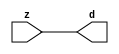

//------> ./rtl_mgc_ioport.v 
//------------------------------------------------------------------
//                M G C _ I O P O R T _ C O M P S
//------------------------------------------------------------------

//------------------------------------------------------------------
//                       M O D U L E S
//------------------------------------------------------------------

//------------------------------------------------------------------
//-- INPUT ENTITIES
//------------------------------------------------------------------

module mgc_in_wire (d, z);

  parameter integer rscid = 1;
  parameter integer width = 8;

  output [width-1:0] d;
  input  [width-1:0] z;

  wire   [width-1:0] d;

  assign d = z;

endmodule

//------------------------------------------------------------------

module mgc_in_wire_en (ld, d, lz, z);

  parameter integer rscid = 1;
  parameter integer width = 8;

  input              ld;
  output [width-1:0] d;
  output             lz;
  input  [width-1:0] z;

  wire   [width-1:0] d;
  wire               lz;

  assign d = z;
  assign lz = ld;

endmodule

//------------------------------------------------------------------

module mgc_in_wire_wait (ld, vd, d, lz, vz, z);

  parameter integer rscid = 1;
  parameter integer width = 8;

  input              ld;
  output             vd;
  output [width-1:0] d;
  output             lz;
  input              vz;
  input  [width-1:0] z;

  wire               vd;
  wire   [width-1:0] d;
  wire               lz;

  assign d = z;
  assign lz = ld;
  assign vd = vz;

endmodule
//------------------------------------------------------------------

module mgc_chan_in (ld, vd, d, lz, vz, z, size, req_size, sizez, sizelz);

  parameter integer rscid = 1;
  parameter integer width = 8;
  parameter integer sz_width = 8;

  input              ld;
  output             vd;
  output [width-1:0] d;
  output             lz;
  input              vz;
  input  [width-1:0] z;
  output [sz_width-1:0] size;
  input              req_size;
  input  [sz_width-1:0] sizez;
  output             sizelz;


  wire               vd;
  wire   [width-1:0] d;
  wire               lz;
  wire   [sz_width-1:0] size;
  wire               sizelz;

  assign d = z;
  assign lz = ld;
  assign vd = vz;
  assign size = sizez;
  assign sizelz = req_size;

endmodule


//------------------------------------------------------------------
//-- OUTPUT ENTITIES
//------------------------------------------------------------------

module mgc_out_stdreg (d, z);

  parameter integer rscid = 1;
  parameter integer width = 8;

  input    [width-1:0] d;
  output   [width-1:0] z;

  wire     [width-1:0] z;

  assign z = d;

endmodule

//------------------------------------------------------------------

module mgc_out_stdreg_en (ld, d, lz, z);

  parameter integer rscid = 1;
  parameter integer width = 8;

  input              ld;
  input  [width-1:0] d;
  output             lz;
  output [width-1:0] z;

  wire               lz;
  wire   [width-1:0] z;

  assign z = d;
  assign lz = ld;

endmodule

//------------------------------------------------------------------

module mgc_out_stdreg_wait (ld, vd, d, lz, vz, z);

  parameter integer rscid = 1;
  parameter integer width = 8;

  input              ld;
  output             vd;
  input  [width-1:0] d;
  output             lz;
  input              vz;
  output [width-1:0] z;

  wire               vd;
  wire               lz;
  wire   [width-1:0] z;

  assign z = d;
  assign lz = ld;
  assign vd = vz;

endmodule

//------------------------------------------------------------------

module mgc_out_prereg_en (ld, d, lz, z);

    parameter integer rscid = 1;
    parameter integer width = 8;

    input              ld;
    input  [width-1:0] d;
    output             lz;
    output [width-1:0] z;

    wire               lz;
    wire   [width-1:0] z;

    assign z = d;
    assign lz = ld;

endmodule

//------------------------------------------------------------------
//-- INOUT ENTITIES
//------------------------------------------------------------------

module mgc_inout_stdreg_en (ldin, din, ldout, dout, lzin, lzout, z);

    parameter integer rscid = 1;
    parameter integer width = 8;

    input              ldin;
    output [width-1:0] din;
    input              ldout;
    input  [width-1:0] dout;
    output             lzin;
    output             lzout;
    inout  [width-1:0] z;

    wire   [width-1:0] din;
    wire               lzin;
    wire               lzout;
    wire   [width-1:0] z;

    assign lzin = ldin;
    assign din = ldin ? z : {width{1'bz}};
    assign lzout = ldout;
    assign z = ldout ? dout : {width{1'bz}};

endmodule

//------------------------------------------------------------------
module hid_tribuf( I_SIG, ENABLE, O_SIG);
  parameter integer width = 8;

  input [width-1:0] I_SIG;
  input ENABLE;
  inout [width-1:0] O_SIG;

  assign O_SIG = (ENABLE) ? I_SIG : { width{1'bz}};

endmodule
//------------------------------------------------------------------

module mgc_inout_stdreg_wait (ldin, vdin, din, ldout, vdout, dout, lzin, vzin, lzout, vzout, z);

    parameter integer rscid = 1;
    parameter integer width = 8;

    input              ldin;
    output             vdin;
    output [width-1:0] din;
    input              ldout;
    output             vdout;
    input  [width-1:0] dout;
    output             lzin;
    input              vzin;
    output             lzout;
    input              vzout;
    inout  [width-1:0] z;

    wire               vdin;
    wire   [width-1:0] din;
    wire               vdout;
    wire               lzin;
    wire               lzout;
    wire   [width-1:0] z;
    wire   ldout_and_vzout;

    assign lzin = ldin;
    assign vdin = vzin;
    assign din = ldin ? z : {width{1'bz}};
    assign lzout = ldout;
    assign vdout = vzout ;
    assign ldout_and_vzout = ldout && vzout ;

    hid_tribuf #(width) tb( .I_SIG(dout),
                            .ENABLE(ldout_and_vzout),
                            .O_SIG(z) );

endmodule

//------------------------------------------------------------------

module mgc_inout_buf_wait (clk, en, arst, srst, ldin, vdin, din, ldout, vdout, dout, lzin, vzin, lzout, vzout, z);

    parameter integer rscid   = 0; // resource ID
    parameter integer width   = 8; // fifo width
    parameter         ph_clk  =  1'b1; // clock polarity 1=rising edge, 0=falling edge
    parameter         ph_en   =  1'b1; // clock enable polarity
    parameter         ph_arst =  1'b1; // async reset polarity
    parameter         ph_srst =  1'b1; // sync reset polarity

    input              clk;
    input              en;
    input              arst;
    input              srst;
    input              ldin;
    output             vdin;
    output [width-1:0] din;
    input              ldout;
    output             vdout;
    input  [width-1:0] dout;
    output             lzin;
    input              vzin;
    output             lzout;
    input              vzout;
    inout  [width-1:0] z;

    wire               lzout_buf;
    wire               vzout_buf;
    wire   [width-1:0] z_buf;
    wire               vdin;
    wire   [width-1:0] din;
    wire               vdout;
    wire               lzin;
    wire               lzout;
    wire   [width-1:0] z;

    assign lzin = ldin;
    assign vdin = vzin;
    assign din = ldin ? z : {width{1'bz}};
    assign lzout = lzout_buf & ~ldin;
    assign vzout_buf = vzout & ~ldin;
    hid_tribuf #(width) tb( .I_SIG(z_buf),
                            .ENABLE((lzout_buf && (!ldin) && vzout) ),
                            .O_SIG(z)  );

    mgc_out_buf_wait
    #(
        .rscid   (rscid),
        .width   (width),
        .ph_clk  (ph_clk),
        .ph_en   (ph_en),
        .ph_arst (ph_arst),
        .ph_srst (ph_srst)
    )
    BUFF
    (
        .clk     (clk),
        .en      (en),
        .arst    (arst),
        .srst    (srst),
        .ld      (ldout),
        .vd      (vdout),
        .d       (dout),
        .lz      (lzout_buf),
        .vz      (vzout_buf),
        .z       (z_buf)
    );


endmodule

module mgc_inout_fifo_wait (clk, en, arst, srst, ldin, vdin, din, ldout, vdout, dout, lzin, vzin, lzout, vzout, z);

    parameter integer rscid   = 0; // resource ID
    parameter integer width   = 8; // fifo width
    parameter integer fifo_sz = 8; // fifo depth
    parameter         ph_clk  = 1'b1;  // clock polarity 1=rising edge, 0=falling edge
    parameter         ph_en   = 1'b1;  // clock enable polarity
    parameter         ph_arst = 1'b1;  // async reset polarity
    parameter         ph_srst = 1'b1;  // sync reset polarity
    parameter integer ph_log2 = 3;     // log2(fifo_sz)
    parameter integer pwropt  = 0;     // pwropt

    input              clk;
    input              en;
    input              arst;
    input              srst;
    input              ldin;
    output             vdin;
    output [width-1:0] din;
    input              ldout;
    output             vdout;
    input  [width-1:0] dout;
    output             lzin;
    input              vzin;
    output             lzout;
    input              vzout;
    inout  [width-1:0] z;

    wire               lzout_buf;
    wire               vzout_buf;
    wire   [width-1:0] z_buf;
    wire               comb;
    wire               vdin;
    wire   [width-1:0] din;
    wire               vdout;
    wire               lzin;
    wire               lzout;
    wire   [width-1:0] z;

    assign lzin = ldin;
    assign vdin = vzin;
    assign din = ldin ? z : {width{1'bz}};
    assign lzout = lzout_buf & ~ldin;
    assign vzout_buf = vzout & ~ldin;
    assign comb = (lzout_buf && (!ldin) && vzout);

    hid_tribuf #(width) tb2( .I_SIG(z_buf), .ENABLE(comb), .O_SIG(z)  );

    mgc_out_fifo_wait
    #(
        .rscid   (rscid),
        .width   (width),
        .fifo_sz (fifo_sz),
        .ph_clk  (ph_clk),
        .ph_en   (ph_en),
        .ph_arst (ph_arst),
        .ph_srst (ph_srst),
        .ph_log2 (ph_log2),
        .pwropt  (pwropt)
    )
    FIFO
    (
        .clk   (clk),
        .en      (en),
        .arst    (arst),
        .srst    (srst),
        .ld      (ldout),
        .vd      (vdout),
        .d       (dout),
        .lz      (lzout_buf),
        .vz      (vzout_buf),
        .z       (z_buf)
    );

endmodule

//------------------------------------------------------------------
//-- I/O SYNCHRONIZATION ENTITIES
//------------------------------------------------------------------

module mgc_io_sync (ld, lz);

    input  ld;
    output lz;

    assign lz = ld;

endmodule

module mgc_bsync_rdy (rd, rz);

    parameter integer rscid   = 0; // resource ID
    parameter ready = 1;
    parameter valid = 0;

    input  rd;
    output rz;

    wire   rz;

    assign rz = rd;

endmodule

module mgc_bsync_vld (vd, vz);

    parameter integer rscid   = 0; // resource ID
    parameter ready = 0;
    parameter valid = 1;

    output vd;
    input  vz;

    wire   vd;

    assign vd = vz;

endmodule

module mgc_bsync_rv (rd, vd, rz, vz);

    parameter integer rscid   = 0; // resource ID
    parameter ready = 1;
    parameter valid = 1;

    input  rd;
    output vd;
    output rz;
    input  vz;

    wire   vd;
    wire   rz;

    assign rz = rd;
    assign vd = vz;

endmodule

//------------------------------------------------------------------

module mgc_sync (ldin, vdin, ldout, vdout);

  input  ldin;
  output vdin;
  input  ldout;
  output vdout;

  wire   vdin;
  wire   vdout;

  assign vdin = ldout;
  assign vdout = ldin;

endmodule

///////////////////////////////////////////////////////////////////////////////
// dummy function used to preserve funccalls for modulario
// it looks like a memory read to the caller
///////////////////////////////////////////////////////////////////////////////
module funccall_inout (d, ad, bd, z, az, bz);

  parameter integer ram_id = 1;
  parameter integer width = 8;
  parameter integer addr_width = 8;

  output [width-1:0]       d;
  input  [addr_width-1:0]  ad;
  input                    bd;
  input  [width-1:0]       z;
  output [addr_width-1:0]  az;
  output                   bz;

  wire   [width-1:0]       d;
  wire   [addr_width-1:0]  az;
  wire                     bz;

  assign d  = z;
  assign az = ad;
  assign bz = bd;

endmodule


///////////////////////////////////////////////////////////////////////////////
// inlinable modular io not otherwise found in mgc_ioport
///////////////////////////////////////////////////////////////////////////////

module modulario_en_in (vd, d, vz, z);

  parameter integer rscid = 1;
  parameter integer width = 8;

  output             vd;
  output [width-1:0] d;
  input              vz;
  input  [width-1:0] z;

  wire   [width-1:0] d;
  wire               vd;

  assign d = z;
  assign vd = vz;

endmodule

//------> ./rtl_mgc_ioport_v2001.v 
//------------------------------------------------------------------

module mgc_out_reg_pos (clk, en, arst, srst, ld, d, lz, z);

    parameter integer rscid   = 1;
    parameter integer width   = 8;
    parameter         ph_en   =  1'b1;
    parameter         ph_arst =  1'b1;
    parameter         ph_srst =  1'b1;

    input              clk;
    input              en;
    input              arst;
    input              srst;
    input              ld;
    input  [width-1:0] d;
    output             lz;
    output [width-1:0] z;

    reg                lz;
    reg    [width-1:0] z;

    generate
    if (ph_arst == 1'b0)
    begin: NEG_ARST
        always @(posedge clk or negedge arst)
        if (arst == 1'b0)
        begin: B1
            lz <= 1'b0;
            z  <= {width{1'b0}};
        end
        else if (srst == ph_srst)
        begin: B2
            lz <= 1'b0;
            z  <= {width{1'b0}};
        end
        else if (en == ph_en)
        begin: B3
            lz <= ld;
            z  <= (ld) ? d : z;
        end
    end
    else
    begin: POS_ARST
        always @(posedge clk or posedge arst)
        if (arst == 1'b1)
        begin: B1
            lz <= 1'b0;
            z  <= {width{1'b0}};
        end
        else if (srst == ph_srst)
        begin: B2
            lz <= 1'b0;
            z  <= {width{1'b0}};
        end
        else if (en == ph_en)
        begin: B3
            lz <= ld;
            z  <= (ld) ? d : z;
        end
    end
    endgenerate

endmodule

//------------------------------------------------------------------

module mgc_out_reg_neg (clk, en, arst, srst, ld, d, lz, z);

    parameter integer rscid   = 1;
    parameter integer width   = 8;
    parameter         ph_en   =  1'b1;
    parameter         ph_arst =  1'b1;
    parameter         ph_srst =  1'b1;

    input              clk;
    input              en;
    input              arst;
    input              srst;
    input              ld;
    input  [width-1:0] d;
    output             lz;
    output [width-1:0] z;

    reg                lz;
    reg    [width-1:0] z;

    generate
    if (ph_arst == 1'b0)
    begin: NEG_ARST
        always @(negedge clk or negedge arst)
        if (arst == 1'b0)
        begin: B1
            lz <= 1'b0;
            z  <= {width{1'b0}};
        end
        else if (srst == ph_srst)
        begin: B2
            lz <= 1'b0;
            z  <= {width{1'b0}};
        end
        else if (en == ph_en)
        begin: B3
            lz <= ld;
            z  <= (ld) ? d : z;
        end
    end
    else
    begin: POS_ARST
        always @(negedge clk or posedge arst)
        if (arst == 1'b1)
        begin: B1
            lz <= 1'b0;
            z  <= {width{1'b0}};
        end
        else if (srst == ph_srst)
        begin: B2
            lz <= 1'b0;
            z  <= {width{1'b0}};
        end
        else if (en == ph_en)
        begin: B3
            lz <= ld;
            z  <= (ld) ? d : z;
        end
    end
    endgenerate

endmodule

//------------------------------------------------------------------

module mgc_out_reg (clk, en, arst, srst, ld, d, lz, z); // Not Supported

    parameter integer rscid   = 1;
    parameter integer width   = 8;
    parameter         ph_clk  =  1'b1;
    parameter         ph_en   =  1'b1;
    parameter         ph_arst =  1'b1;
    parameter         ph_srst =  1'b1;

    input              clk;
    input              en;
    input              arst;
    input              srst;
    input              ld;
    input  [width-1:0] d;
    output             lz;
    output [width-1:0] z;


    generate
    if (ph_clk == 1'b0)
    begin: NEG_EDGE

        mgc_out_reg_neg
        #(
            .rscid   (rscid),
            .width   (width),
            .ph_en   (ph_en),
            .ph_arst (ph_arst),
            .ph_srst (ph_srst)
        )
        mgc_out_reg_neg_inst
        (
            .clk     (clk),
            .en      (en),
            .arst    (arst),
            .srst    (srst),
            .ld      (ld),
            .d       (d),
            .lz      (lz),
            .z       (z)
        );

    end
    else
    begin: POS_EDGE

        mgc_out_reg_pos
        #(
            .rscid   (rscid),
            .width   (width),
            .ph_en   (ph_en),
            .ph_arst (ph_arst),
            .ph_srst (ph_srst)
        )
        mgc_out_reg_pos_inst
        (
            .clk     (clk),
            .en      (en),
            .arst    (arst),
            .srst    (srst),
            .ld      (ld),
            .d       (d),
            .lz      (lz),
            .z       (z)
        );

    end
    endgenerate

endmodule




//------------------------------------------------------------------

module mgc_out_buf_wait (clk, en, arst, srst, ld, vd, d, vz, lz, z); // Not supported

    parameter integer rscid   = 1;
    parameter integer width   = 8;
    parameter         ph_clk  =  1'b1;
    parameter         ph_en   =  1'b1;
    parameter         ph_arst =  1'b1;
    parameter         ph_srst =  1'b1;

    input              clk;
    input              en;
    input              arst;
    input              srst;
    input              ld;
    output             vd;
    input  [width-1:0] d;
    output             lz;
    input              vz;
    output [width-1:0] z;

    wire               filled;
    wire               filled_next;
    wire   [width-1:0] abuf;
    wire               lbuf;


    assign filled_next = (filled & (~vz)) | (filled & ld) | (ld & (~vz));

    assign lbuf = ld & ~(filled ^ vz);

    assign vd = vz | ~filled;

    assign lz = ld | filled;

    assign z = (filled) ? abuf : d;

    wire dummy;
    wire dummy_bufreg_lz;

    // Output registers:
    mgc_out_reg
    #(
        .rscid   (rscid),
        .width   (1'b1),
        .ph_clk  (ph_clk),
        .ph_en   (ph_en),
        .ph_arst (ph_arst),
        .ph_srst (ph_srst)
    )
    STATREG
    (
        .clk     (clk),
        .en      (en),
        .arst    (arst),
        .srst    (srst),
        .ld      (filled_next),
        .d       (1'b0),       // input d is unused
        .lz      (filled),
        .z       (dummy)            // output z is unused
    );

    mgc_out_reg
    #(
        .rscid   (rscid),
        .width   (width),
        .ph_clk  (ph_clk),
        .ph_en   (ph_en),
        .ph_arst (ph_arst),
        .ph_srst (ph_srst)
    )
    BUFREG
    (
        .clk     (clk),
        .en      (en),
        .arst    (arst),
        .srst    (srst),
        .ld      (lbuf),
        .d       (d),
        .lz      (dummy_bufreg_lz),
        .z       (abuf)
    );

endmodule

//------------------------------------------------------------------

module mgc_out_fifo_wait (clk, en, arst, srst, ld, vd, d, lz, vz,  z);

    parameter integer rscid   = 0; // resource ID
    parameter integer width   = 8; // fifo width
    parameter integer fifo_sz = 8; // fifo depth
    parameter         ph_clk  = 1'b1; // clock polarity 1=rising edge, 0=falling edge
    parameter         ph_en   = 1'b1; // clock enable polarity
    parameter         ph_arst = 1'b1; // async reset polarity
    parameter         ph_srst = 1'b1; // sync reset polarity
    parameter integer ph_log2 = 3; // log2(fifo_sz)
    parameter integer pwropt  = 0; // pwropt


    input                 clk;
    input                 en;
    input                 arst;
    input                 srst;
    input                 ld;    // load data
    output                vd;    // fifo full active low
    input     [width-1:0] d;
    output                lz;    // fifo ready to send
    input                 vz;    // dest ready for data
    output    [width-1:0] z;

    wire    [31:0]      size;


      // Output registers:
 mgc_out_fifo_wait_core#(
        .rscid   (rscid),
        .width   (width),
        .sz_width (32),
        .fifo_sz (fifo_sz),
        .ph_clk  (ph_clk),
        .ph_en   (ph_en),
        .ph_arst (ph_arst),
        .ph_srst (ph_srst),
        .ph_log2 (ph_log2),
        .pwropt  (pwropt)
        ) CORE (
        .clk (clk),
        .en (en),
        .arst (arst),
        .srst (srst),
        .ld (ld),
        .vd (vd),
        .d (d),
        .lz (lz),
        .vz (vz),
        .z (z),
        .size (size)
        );

endmodule



module mgc_out_fifo_wait_core (clk, en, arst, srst, ld, vd, d, lz, vz,  z, size);

    parameter integer rscid   = 0; // resource ID
    parameter integer width   = 8; // fifo width
    parameter integer sz_width = 8; // size of port for elements in fifo
    parameter integer fifo_sz = 8; // fifo depth
    parameter         ph_clk  =  1'b1; // clock polarity 1=rising edge, 0=falling edge
    parameter         ph_en   =  1'b1; // clock enable polarity
    parameter         ph_arst =  1'b1; // async reset polarity
    parameter         ph_srst =  1'b1; // sync reset polarity
    parameter integer ph_log2 = 3; // log2(fifo_sz)
    parameter integer pwropt  = 0; // pwropt

   localparam integer  fifo_b = width * fifo_sz;

    input                 clk;
    input                 en;
    input                 arst;
    input                 srst;
    input                 ld;    // load data
    output                vd;    // fifo full active low
    input     [width-1:0] d;
    output                lz;    // fifo ready to send
    input                 vz;    // dest ready for data
    output    [width-1:0] z;
    output    [sz_width-1:0]      size;

    reg      [( (fifo_sz > 0) ? fifo_sz : 1)-1:0] stat_pre;
    wire     [( (fifo_sz > 0) ? fifo_sz : 1)-1:0] stat;
    reg      [( (fifo_b > 0) ? fifo_b : 1)-1:0] buff_pre;
    wire     [( (fifo_b > 0) ? fifo_b : 1)-1:0] buff;
    reg      [( (fifo_sz > 0) ? fifo_sz : 1)-1:0] en_l;
    reg      [(((fifo_sz > 0) ? fifo_sz : 1)-1)/8:0] en_l_s;

    reg       [width-1:0] buff_nxt;

    reg                   stat_nxt;
    reg                   stat_before;
    reg                   stat_after;
    reg                   en_l_var;

    integer               i;
    genvar                eni;

    wire [32:0]           size_t;
    reg [31:0]            count;
    reg [31:0]            count_t;
    reg [32:0]            n_elem;
// pragma translate_off
    reg [31:0]            peak;
// pragma translate_on

    wire [( (fifo_sz > 0) ? fifo_sz : 1)-1:0] dummy_statreg_lz;
    wire [( (fifo_b > 0) ? fifo_b : 1)-1:0] dummy_bufreg_lz;

    generate
    if ( fifo_sz > 0 )
    begin: FIFO_REG
      assign vd = vz | ~stat[0];
      assign lz = ld | stat[fifo_sz-1];
      assign size_t = (count - (vz && stat[fifo_sz-1])) + ld;
      assign size = size_t[sz_width-1:0];
      assign z = (stat[fifo_sz-1]) ? buff[fifo_b-1:width*(fifo_sz-1)] : d;

      always @(*)
      begin: FIFOPROC
        n_elem = 33'b0;
        for (i = fifo_sz-1; i >= 0; i = i - 1)
        begin
          if (i != 0)
            stat_before = stat[i-1];
          else
            stat_before = 1'b0;

          if (i != (fifo_sz-1))
            stat_after = stat[i+1];
          else
            stat_after = 1'b1;

          stat_nxt = stat_after &
                    (stat_before | (stat[i] & (~vz)) | (stat[i] & ld) | (ld & (~vz)));

          stat_pre[i] = stat_nxt;
          en_l_var = 1'b1;
          if (!stat_nxt)
            begin
              buff_nxt = {width{1'b0}};
              en_l_var = 1'b0;
            end
          else if (vz && stat_before)
            buff_nxt[0+:width] = buff[width*(i-1)+:width];
          else if (ld && !((vz && stat_before) || ((!vz) && stat[i])))
            buff_nxt = d;
          else
            begin
              if (pwropt == 0)
                buff_nxt[0+:width] = buff[width*i+:width];
              else
                buff_nxt = {width{1'b0}};
              en_l_var = 1'b0;
            end

          if (ph_en != 0)
            en_l[i] = en & en_l_var;
          else
            en_l[i] = en | ~en_l_var;

          buff_pre[width*i+:width] = buff_nxt[0+:width];

          if ((stat_after == 1'b1) && (stat[i] == 1'b0))
            n_elem = ($unsigned(fifo_sz) - 1) - i;
        end

        if (ph_en != 0)
          en_l_s[(((fifo_sz > 0) ? fifo_sz : 1)-1)/8] = 1'b1;
        else
          en_l_s[(((fifo_sz > 0) ? fifo_sz : 1)-1)/8] = 1'b0;

        for (i = fifo_sz-1; i >= 7; i = i - 1)
        begin
          if ((i%'d2) == 0)
          begin
            if (ph_en != 0)
              en_l_s[(i/8)-1] = en & (stat[i]|stat_pre[i-1]);
            else
              en_l_s[(i/8)-1] = en | ~(stat[i]|stat_pre[i-1]);
          end
        end

        if ( stat[fifo_sz-1] == 1'b0 )
          count_t = 32'b0;
        else if ( stat[0] == 1'b1 )
          count_t = { {(32-ph_log2){1'b0}}, fifo_sz};
        else
          count_t = n_elem[31:0];
        count = count_t;
// pragma translate_off
        if ( peak < count )
          peak = count;
// pragma translate_on
      end

      if (pwropt == 0)
      begin: NOCGFIFO
        // Output registers:
        mgc_out_reg
        #(
            .rscid   (rscid),
            .width   (fifo_sz),
            .ph_clk  (ph_clk),
            .ph_en   (ph_en),
            .ph_arst (ph_arst),
            .ph_srst (ph_srst)
        )
        STATREG
        (
            .clk     (clk),
            .en      (en),
            .arst    (arst),
            .srst    (srst),
            .ld      (1'b1),
            .d       (stat_pre),
            .lz      (dummy_statreg_lz[0]),
            .z       (stat)
        );
        mgc_out_reg
        #(
            .rscid   (rscid),
            .width   (fifo_b),
            .ph_clk  (ph_clk),
            .ph_en   (ph_en),
            .ph_arst (ph_arst),
            .ph_srst (ph_srst)
        )
        BUFREG
        (
            .clk     (clk),
            .en      (en),
            .arst    (arst),
            .srst    (srst),
            .ld      (1'b1),
            .d       (buff_pre),
            .lz      (dummy_bufreg_lz[0]),
            .z       (buff)
        );
      end
      else
      begin: CGFIFO
        // Output registers:
        if ( pwropt > 1)
        begin: CGSTATFIFO2
          for (eni = fifo_sz-1; eni >= 0; eni = eni - 1)
          begin: pwroptGEN1
            mgc_out_reg
            #(
              .rscid   (rscid),
              .width   (1),
              .ph_clk  (ph_clk),
              .ph_en   (ph_en),
              .ph_arst (ph_arst),
              .ph_srst (ph_srst)
            )
            STATREG
            (
              .clk     (clk),
              .en      (en_l_s[eni/8]),
              .arst    (arst),
              .srst    (srst),
              .ld      (1'b1),
              .d       (stat_pre[eni]),
              .lz      (dummy_statreg_lz[eni]),
              .z       (stat[eni])
            );
          end
        end
        else
        begin: CGSTATFIFO
          mgc_out_reg
          #(
            .rscid   (rscid),
            .width   (fifo_sz),
            .ph_clk  (ph_clk),
            .ph_en   (ph_en),
            .ph_arst (ph_arst),
            .ph_srst (ph_srst)
          )
          STATREG
          (
            .clk     (clk),
            .en      (en),
            .arst    (arst),
            .srst    (srst),
            .ld      (1'b1),
            .d       (stat_pre),
            .lz      (dummy_statreg_lz[0]),
            .z       (stat)
          );
        end
        for (eni = fifo_sz-1; eni >= 0; eni = eni - 1)
        begin: pwroptGEN2
          mgc_out_reg
          #(
            .rscid   (rscid),
            .width   (width),
            .ph_clk  (ph_clk),
            .ph_en   (ph_en),
            .ph_arst (ph_arst),
            .ph_srst (ph_srst)
          )
          BUFREG
          (
            .clk     (clk),
            .en      (en_l[eni]),
            .arst    (arst),
            .srst    (srst),
            .ld      (1'b1),
            .d       (buff_pre[width*eni+:width]),
            .lz      (dummy_bufreg_lz[eni]),
            .z       (buff[width*eni+:width])
          );
        end
      end
    end
    else
    begin: FEED_THRU
      assign vd = vz;
      assign lz = ld;
      assign z = d;
      assign size = ld && !vz;
    end
    endgenerate

endmodule

//------------------------------------------------------------------
//-- PIPE ENTITIES
//------------------------------------------------------------------
/*
 *
 *             _______________________________________________
 * WRITER    |                                               |          READER
 *           |           MGC_PIPE                            |
 *           |           __________________________          |
 *        --<| vdout  --<| vd ---------------  vz<|-----ldin<|---
 *           |           |      FIFO              |          |
 *        ---|>ldout  ---|>ld ---------------- lz |> ---vdin |>--
 *        ---|>dout -----|>d  ---------------- dz |> ----din |>--
 *           |           |________________________|          |
 *           |_______________________________________________|
 */
// two clock pipe
module mgc_pipe (clk, en, arst, srst, ldin, vdin, din, ldout, vdout, dout, size, req_size);

    parameter integer rscid   = 0; // resource ID
    parameter integer width   = 8; // fifo width
    parameter integer sz_width = 8; // width of size of elements in fifo
    parameter integer fifo_sz = 8; // fifo depth
    parameter integer log2_sz = 3; // log2(fifo_sz)
    parameter         ph_clk  = 1'b1;  // clock polarity 1=rising edge, 0=falling edge
    parameter         ph_en   = 1'b1;  // clock enable polarity
    parameter         ph_arst = 1'b1;  // async reset polarity
    parameter         ph_srst = 1'b1;  // sync reset polarity
    parameter integer pwropt  = 0; // pwropt

    input              clk;
    input              en;
    input              arst;
    input              srst;
    input              ldin;
    output             vdin;
    output [width-1:0] din;
    input              ldout;
    output             vdout;
    input  [width-1:0] dout;
    output [sz_width-1:0]      size;
    input              req_size;


    mgc_out_fifo_wait_core
    #(
        .rscid    (rscid),
        .width    (width),
        .sz_width (sz_width),
        .fifo_sz  (fifo_sz),
        .ph_clk   (ph_clk),
        .ph_en    (ph_en),
        .ph_arst  (ph_arst),
        .ph_srst  (ph_srst),
        .ph_log2  (log2_sz),
        .pwropt   (pwropt)
    )
    FIFO
    (
        .clk     (clk),
        .en      (en),
        .arst    (arst),
        .srst    (srst),
        .ld      (ldout),
        .vd      (vdout),
        .d       (dout),
        .lz      (vdin),
        .vz      (ldin),
        .z       (din),
        .size    (size)
    );

endmodule


//------> ./rtl.v 
// ----------------------------------------------------------------------
//  HLS HDL:        Verilog Netlister
//  HLS Version:    2011a.126 Production Release
//  HLS Date:       Wed Aug  8 00:52:07 PDT 2012
// 
//  Generated by:   jb914@EEWS104A-020
//  Generated date: Mon May 11 12:58:40 2015
// ----------------------------------------------------------------------

// 
// ------------------------------------------------------------------
//  Design Unit:    motion_blur_core
// ------------------------------------------------------------------


module motion_blur_core (
  clk, en, arst_n, vin_rsc_mgc_in_wire_d, vout_rsc_mgc_out_stdreg_d, offset_rsc_mgc_in_wire_d
);
  input clk;
  input en;
  input arst_n;
  input [149:0] vin_rsc_mgc_in_wire_d;
  output [29:0] vout_rsc_mgc_out_stdreg_d;
  input [1:0] offset_rsc_mgc_in_wire_d;


  // Interconnect Declarations
  reg [9:0] regs_regs_slc_regs_regs_3_17_itm;
  reg [9:0] regs_regs_slc_regs_regs_3_1_3_itm;
  reg [9:0] regs_regs_slc_regs_regs_3_1_4_itm;
  reg [9:0] regs_regs_slc_regs_regs_3_18_itm;
  reg [9:0] regs_regs_slc_regs_regs_3_1_6_itm;
  reg [9:0] regs_regs_slc_regs_regs_3_1_7_itm;
  reg [9:0] regs_regs_slc_regs_regs_3_19_itm;
  reg [9:0] regs_regs_slc_regs_regs_3_1_1_itm;
  reg [9:0] regs_regs_slc_regs_regs_3_1_itm;
  reg [29:0] regs_regs_3_1_sva_1_sg2;
  reg [29:0] regs_regs_3_1_sva_3;
  wire [14:0] ACC2_5_acc_3_psp_sva;
  wire [15:0] nl_ACC2_5_acc_3_psp_sva;
  wire [14:0] ACC2_5_acc_2_psp_sva;
  wire [15:0] nl_ACC2_5_acc_2_psp_sva;
  wire [14:0] ACC2_5_acc_1_psp_sva;
  wire [15:0] nl_ACC2_5_acc_1_psp_sva;
  reg [89:0] reg_regs_regs_2_1_sva_1_cse;
  reg [89:0] reg_regs_regs_0_1_sva_cse;
  reg [9:0] reg_vout_rsc_mgc_out_stdreg_d_tmp;
  reg [9:0] reg_vout_rsc_mgc_out_stdreg_d_tmp_1;
  reg [9:0] reg_vout_rsc_mgc_out_stdreg_d_tmp_2;
  wire [9:0] ACC1_3_if_2_and_8_cse_sva;
  wire equal_tmp_2;
  wire equal_tmp;
  wire equal_tmp_1;
  wire [9:0] ACC1_3_if_2_and_4_cse_sva;
  wire [9:0] ACC1_3_if_2_and_cse_sva;
  wire FRAME_nor_itm;


  // Interconnect Declarations for Component Instantiations 
  assign vout_rsc_mgc_out_stdreg_d = {reg_vout_rsc_mgc_out_stdreg_d_tmp , reg_vout_rsc_mgc_out_stdreg_d_tmp_1
      , reg_vout_rsc_mgc_out_stdreg_d_tmp_2};
  assign nl_ACC2_5_acc_1_psp_sva = conv_u2u_14_15(conv_u2u_13_14(conv_u2u_12_13({(conv_u2u_10_11(ACC1_3_if_2_and_cse_sva)
      + conv_u2u_9_11((vin_rsc_mgc_in_wire_d[29:21]) & ({{8{equal_tmp_2}}, equal_tmp_2})))
      , ((vin_rsc_mgc_in_wire_d[20]) & equal_tmp_2)}) + conv_u2u_11_13(conv_u2u_10_11(ACC1_3_if_2_and_cse_sva)
      + conv_u2u_10_11(regs_regs_slc_regs_regs_3_1_4_itm & ({{9{equal_tmp}}, equal_tmp}))))
      + conv_u2u_12_14(conv_u2u_11_12(conv_u2u_10_11((reg_regs_regs_0_1_sva_cse[59:50])
      & ({{9{equal_tmp_2}}, equal_tmp_2})) + conv_u2u_10_11((reg_regs_regs_2_1_sva_1_cse[59:50])
      & ({{9{equal_tmp_1}}, equal_tmp_1}))) + conv_u2u_11_12(conv_u2u_10_11(regs_regs_slc_regs_regs_3_17_itm
      & ({{9{equal_tmp}}, equal_tmp})) + conv_u2u_10_11((vin_rsc_mgc_in_wire_d[89:80])
      & ({{9{FRAME_nor_itm}}, FRAME_nor_itm}))))) + conv_u2u_13_15(conv_u2u_12_13(conv_u2u_11_12(conv_u2u_10_11((reg_regs_regs_0_1_sva_cse[89:80])
      & ({{9{FRAME_nor_itm}}, FRAME_nor_itm})) + conv_u2u_10_11(reg_regs_regs_2_1_sva_1_cse[89:80]))
      + conv_u2u_11_12(conv_u2u_10_11((regs_regs_3_1_sva_1_sg2[29:20]) & ({{9{FRAME_nor_itm}},
      FRAME_nor_itm})) + conv_u2u_10_11(regs_regs_slc_regs_regs_3_1_3_itm & ({{9{FRAME_nor_itm}},
      FRAME_nor_itm})))) + conv_u2u_12_13(conv_u2u_11_12(conv_u2u_10_11((reg_regs_regs_0_1_sva_cse[29:20])
      & ({{9{equal_tmp}}, equal_tmp})) + conv_u2u_10_11((regs_regs_3_1_sva_3[29:20])
      & ({{9{equal_tmp_2}}, equal_tmp_2}))) + conv_u2u_11_12(conv_u2u_10_11((vin_rsc_mgc_in_wire_d[29:20])
      & ({{9{equal_tmp}}, equal_tmp})) + conv_u2u_10_11(regs_regs_slc_regs_regs_3_1_4_itm
      & ({{9{equal_tmp_2}}, equal_tmp_2})))));
  assign ACC2_5_acc_1_psp_sva = nl_ACC2_5_acc_1_psp_sva[14:0];
  assign nl_ACC2_5_acc_2_psp_sva = conv_u2u_14_15(conv_u2u_13_14(conv_u2u_12_13({(conv_u2u_10_11(ACC1_3_if_2_and_4_cse_sva)
      + conv_u2u_9_11((vin_rsc_mgc_in_wire_d[19:11]) & ({{8{equal_tmp_2}}, equal_tmp_2})))
      , ((vin_rsc_mgc_in_wire_d[10]) & equal_tmp_2)}) + conv_u2u_11_13(conv_u2u_10_11(ACC1_3_if_2_and_4_cse_sva)
      + conv_u2u_10_11(regs_regs_slc_regs_regs_3_1_7_itm & ({{9{equal_tmp}}, equal_tmp}))))
      + conv_u2u_12_14(conv_u2u_11_12(conv_u2u_10_11((reg_regs_regs_0_1_sva_cse[49:40])
      & ({{9{equal_tmp_2}}, equal_tmp_2})) + conv_u2u_10_11((reg_regs_regs_2_1_sva_1_cse[49:40])
      & ({{9{equal_tmp_1}}, equal_tmp_1}))) + conv_u2u_11_12(conv_u2u_10_11(regs_regs_slc_regs_regs_3_18_itm
      & ({{9{equal_tmp}}, equal_tmp})) + conv_u2u_10_11((vin_rsc_mgc_in_wire_d[79:70])
      & ({{9{FRAME_nor_itm}}, FRAME_nor_itm}))))) + conv_u2u_13_15(conv_u2u_12_13(conv_u2u_11_12(conv_u2u_10_11((reg_regs_regs_0_1_sva_cse[79:70])
      & ({{9{FRAME_nor_itm}}, FRAME_nor_itm})) + conv_u2u_10_11(reg_regs_regs_2_1_sva_1_cse[79:70]))
      + conv_u2u_11_12(conv_u2u_10_11((regs_regs_3_1_sva_1_sg2[19:10]) & ({{9{FRAME_nor_itm}},
      FRAME_nor_itm})) + conv_u2u_10_11(regs_regs_slc_regs_regs_3_1_6_itm & ({{9{FRAME_nor_itm}},
      FRAME_nor_itm})))) + conv_u2u_12_13(conv_u2u_11_12(conv_u2u_10_11((reg_regs_regs_0_1_sva_cse[19:10])
      & ({{9{equal_tmp}}, equal_tmp})) + conv_u2u_10_11((regs_regs_3_1_sva_3[19:10])
      & ({{9{equal_tmp_2}}, equal_tmp_2}))) + conv_u2u_11_12(conv_u2u_10_11((vin_rsc_mgc_in_wire_d[19:10])
      & ({{9{equal_tmp}}, equal_tmp})) + conv_u2u_10_11(regs_regs_slc_regs_regs_3_1_7_itm
      & ({{9{equal_tmp_2}}, equal_tmp_2})))));
  assign ACC2_5_acc_2_psp_sva = nl_ACC2_5_acc_2_psp_sva[14:0];
  assign nl_ACC2_5_acc_3_psp_sva = conv_u2u_14_15(conv_u2u_13_14(conv_u2u_12_13({(conv_u2u_10_11(ACC1_3_if_2_and_8_cse_sva)
      + conv_u2u_9_11((vin_rsc_mgc_in_wire_d[9:1]) & ({{8{equal_tmp_2}}, equal_tmp_2})))
      , ((vin_rsc_mgc_in_wire_d[0]) & equal_tmp_2)}) + conv_u2u_11_13(conv_u2u_10_11(ACC1_3_if_2_and_8_cse_sva)
      + conv_u2u_10_11(regs_regs_slc_regs_regs_3_1_itm & ({{9{equal_tmp}}, equal_tmp}))))
      + conv_u2u_12_14(conv_u2u_11_12(conv_u2u_10_11((reg_regs_regs_0_1_sva_cse[39:30])
      & ({{9{equal_tmp_2}}, equal_tmp_2})) + conv_u2u_10_11((reg_regs_regs_2_1_sva_1_cse[39:30])
      & ({{9{equal_tmp_1}}, equal_tmp_1}))) + conv_u2u_11_12(conv_u2u_10_11(regs_regs_slc_regs_regs_3_19_itm
      & ({{9{equal_tmp}}, equal_tmp})) + conv_u2u_10_11((vin_rsc_mgc_in_wire_d[69:60])
      & ({{9{FRAME_nor_itm}}, FRAME_nor_itm}))))) + conv_u2u_13_15(conv_u2u_12_13(conv_u2u_11_12(conv_u2u_10_11((reg_regs_regs_0_1_sva_cse[69:60])
      & ({{9{FRAME_nor_itm}}, FRAME_nor_itm})) + conv_u2u_10_11(reg_regs_regs_2_1_sva_1_cse[69:60]))
      + conv_u2u_11_12(conv_u2u_10_11((regs_regs_3_1_sva_1_sg2[9:0]) & ({{9{FRAME_nor_itm}},
      FRAME_nor_itm})) + conv_u2u_10_11(regs_regs_slc_regs_regs_3_1_1_itm & ({{9{FRAME_nor_itm}},
      FRAME_nor_itm})))) + conv_u2u_12_13(conv_u2u_11_12(conv_u2u_10_11((reg_regs_regs_0_1_sva_cse[9:0])
      & ({{9{equal_tmp}}, equal_tmp})) + conv_u2u_10_11((regs_regs_3_1_sva_3[9:0])
      & ({{9{equal_tmp_2}}, equal_tmp_2}))) + conv_u2u_11_12(conv_u2u_10_11((vin_rsc_mgc_in_wire_d[9:0])
      & ({{9{equal_tmp}}, equal_tmp})) + conv_u2u_10_11(regs_regs_slc_regs_regs_3_1_itm
      & ({{9{equal_tmp_2}}, equal_tmp_2})))));
  assign ACC2_5_acc_3_psp_sva = nl_ACC2_5_acc_3_psp_sva[14:0];
  assign ACC1_3_if_2_and_8_cse_sva = (reg_regs_regs_2_1_sva_1_cse[9:0]) & ({{9{equal_tmp_1}},
      equal_tmp_1});
  assign equal_tmp_2 = (offset_rsc_mgc_in_wire_d[1]) & (offset_rsc_mgc_in_wire_d[0]);
  assign equal_tmp = (offset_rsc_mgc_in_wire_d[0]) & (~ (offset_rsc_mgc_in_wire_d[1]));
  assign equal_tmp_1 = (offset_rsc_mgc_in_wire_d[1]) & (~ (offset_rsc_mgc_in_wire_d[0]));
  assign ACC1_3_if_2_and_4_cse_sva = (reg_regs_regs_2_1_sva_1_cse[19:10]) & ({{9{equal_tmp_1}},
      equal_tmp_1});
  assign ACC1_3_if_2_and_cse_sva = (reg_regs_regs_2_1_sva_1_cse[29:20]) & ({{9{equal_tmp_1}},
      equal_tmp_1});
  assign FRAME_nor_itm = ~(equal_tmp | equal_tmp_1 | equal_tmp_2);
  always @(posedge clk or negedge arst_n) begin
    if ( ~ arst_n ) begin
      regs_regs_slc_regs_regs_3_1_itm <= 10'b0;
      reg_regs_regs_0_1_sva_cse <= 90'b0;
      reg_regs_regs_2_1_sva_1_cse <= 90'b0;
      regs_regs_slc_regs_regs_3_19_itm <= 10'b0;
      regs_regs_3_1_sva_1_sg2 <= 30'b0;
      regs_regs_slc_regs_regs_3_1_1_itm <= 10'b0;
      regs_regs_3_1_sva_3 <= 30'b0;
      regs_regs_slc_regs_regs_3_1_7_itm <= 10'b0;
      regs_regs_slc_regs_regs_3_18_itm <= 10'b0;
      regs_regs_slc_regs_regs_3_1_6_itm <= 10'b0;
      regs_regs_slc_regs_regs_3_1_4_itm <= 10'b0;
      regs_regs_slc_regs_regs_3_17_itm <= 10'b0;
      regs_regs_slc_regs_regs_3_1_3_itm <= 10'b0;
      reg_vout_rsc_mgc_out_stdreg_d_tmp <= 10'b0;
      reg_vout_rsc_mgc_out_stdreg_d_tmp_1 <= 10'b0;
      reg_vout_rsc_mgc_out_stdreg_d_tmp_2 <= 10'b0;
    end
    else begin
      if ( en ) begin
        regs_regs_slc_regs_regs_3_1_itm <= regs_regs_3_1_sva_3[9:0];
        reg_regs_regs_0_1_sva_cse <= vin_rsc_mgc_in_wire_d[89:0];
        reg_regs_regs_2_1_sva_1_cse <= reg_regs_regs_0_1_sva_cse;
        regs_regs_slc_regs_regs_3_19_itm <= reg_regs_regs_2_1_sva_1_cse[39:30];
        regs_regs_3_1_sva_1_sg2 <= reg_regs_regs_2_1_sva_1_cse[89:60];
        regs_regs_slc_regs_regs_3_1_1_itm <= regs_regs_3_1_sva_1_sg2[9:0];
        regs_regs_3_1_sva_3 <= reg_regs_regs_2_1_sva_1_cse[29:0];
        regs_regs_slc_regs_regs_3_1_7_itm <= regs_regs_3_1_sva_3[19:10];
        regs_regs_slc_regs_regs_3_18_itm <= reg_regs_regs_2_1_sva_1_cse[49:40];
        regs_regs_slc_regs_regs_3_1_6_itm <= regs_regs_3_1_sva_1_sg2[19:10];
        regs_regs_slc_regs_regs_3_1_4_itm <= regs_regs_3_1_sva_3[29:20];
        regs_regs_slc_regs_regs_3_17_itm <= reg_regs_regs_2_1_sva_1_cse[59:50];
        regs_regs_slc_regs_regs_3_1_3_itm <= regs_regs_3_1_sva_1_sg2[29:20];
        reg_vout_rsc_mgc_out_stdreg_d_tmp <= ((ACC2_5_acc_1_psp_sva[9:0]) & (signext_10_1(readslicef_11_1_10((({1'b1
            , (~ (ACC2_5_acc_1_psp_sva[9:0]))}) + 11'b1))))) | (signext_10_1(readslicef_5_1_4(((~
            (ACC2_5_acc_1_psp_sva[14:10])) + 5'b1))));
        reg_vout_rsc_mgc_out_stdreg_d_tmp_1 <= ((ACC2_5_acc_3_psp_sva[9:0]) & (signext_10_1(readslicef_11_1_10((({1'b1
            , (~ (ACC2_5_acc_3_psp_sva[9:0]))}) + 11'b1))))) | (signext_10_1(readslicef_5_1_4(((~
            (ACC2_5_acc_3_psp_sva[14:10])) + 5'b1))));
        reg_vout_rsc_mgc_out_stdreg_d_tmp_2 <= ((ACC2_5_acc_2_psp_sva[9:0]) & (signext_10_1(readslicef_11_1_10((({1'b1
            , (~ (ACC2_5_acc_2_psp_sva[9:0]))}) + 11'b1))))) | (signext_10_1(readslicef_5_1_4(((~
            (ACC2_5_acc_2_psp_sva[14:10])) + 5'b1))));
      end
    end
  end

  function [0:0] readslicef_11_1_10;
    input [10:0] vector;
    reg [10:0] tmp;
  begin
    tmp = vector >> 10;
    readslicef_11_1_10 = tmp[0:0];
  end
  endfunction


  function [9:0] signext_10_1;
    input [0:0] vector;
  begin
    signext_10_1= {{9{vector[0]}}, vector};
  end
  endfunction


  function [0:0] readslicef_5_1_4;
    input [4:0] vector;
    reg [4:0] tmp;
  begin
    tmp = vector >> 4;
    readslicef_5_1_4 = tmp[0:0];
  end
  endfunction


  function  [14:0] conv_u2u_14_15 ;
    input [13:0]  vector ;
  begin
    conv_u2u_14_15 = {1'b0, vector};
  end
  endfunction


  function  [13:0] conv_u2u_13_14 ;
    input [12:0]  vector ;
  begin
    conv_u2u_13_14 = {1'b0, vector};
  end
  endfunction


  function  [12:0] conv_u2u_12_13 ;
    input [11:0]  vector ;
  begin
    conv_u2u_12_13 = {1'b0, vector};
  end
  endfunction


  function  [10:0] conv_u2u_10_11 ;
    input [9:0]  vector ;
  begin
    conv_u2u_10_11 = {1'b0, vector};
  end
  endfunction


  function  [10:0] conv_u2u_9_11 ;
    input [8:0]  vector ;
  begin
    conv_u2u_9_11 = {{2{1'b0}}, vector};
  end
  endfunction


  function  [12:0] conv_u2u_11_13 ;
    input [10:0]  vector ;
  begin
    conv_u2u_11_13 = {{2{1'b0}}, vector};
  end
  endfunction


  function  [13:0] conv_u2u_12_14 ;
    input [11:0]  vector ;
  begin
    conv_u2u_12_14 = {{2{1'b0}}, vector};
  end
  endfunction


  function  [11:0] conv_u2u_11_12 ;
    input [10:0]  vector ;
  begin
    conv_u2u_11_12 = {1'b0, vector};
  end
  endfunction


  function  [14:0] conv_u2u_13_15 ;
    input [12:0]  vector ;
  begin
    conv_u2u_13_15 = {{2{1'b0}}, vector};
  end
  endfunction

endmodule

// ------------------------------------------------------------------
//  Design Unit:    motion_blur
//  Generated from file(s):
//    4) $PROJECT_HOME/motionblur1.c
// ------------------------------------------------------------------


module motion_blur (
  vin_rsc_z, vout_rsc_z, offset_rsc_z, clk, en, arst_n
);
  input [149:0] vin_rsc_z;
  output [29:0] vout_rsc_z;
  input [1:0] offset_rsc_z;
  input clk;
  input en;
  input arst_n;


  // Interconnect Declarations
  wire [149:0] vin_rsc_mgc_in_wire_d;
  wire [29:0] vout_rsc_mgc_out_stdreg_d;
  wire [1:0] offset_rsc_mgc_in_wire_d;


  // Interconnect Declarations for Component Instantiations 
  mgc_in_wire #(.rscid(1),
  .width(150)) vin_rsc_mgc_in_wire (
      .d(vin_rsc_mgc_in_wire_d),
      .z(vin_rsc_z)
    );
  mgc_out_stdreg #(.rscid(2),
  .width(30)) vout_rsc_mgc_out_stdreg (
      .d(vout_rsc_mgc_out_stdreg_d),
      .z(vout_rsc_z)
    );
  mgc_in_wire #(.rscid(3),
  .width(2)) offset_rsc_mgc_in_wire (
      .d(offset_rsc_mgc_in_wire_d),
      .z(offset_rsc_z)
    );
  motion_blur_core motion_blur_core_inst (
      .clk(clk),
      .en(en),
      .arst_n(arst_n),
      .vin_rsc_mgc_in_wire_d(vin_rsc_mgc_in_wire_d),
      .vout_rsc_mgc_out_stdreg_d(vout_rsc_mgc_out_stdreg_d),
      .offset_rsc_mgc_in_wire_d(offset_rsc_mgc_in_wire_d)
    );
endmodule